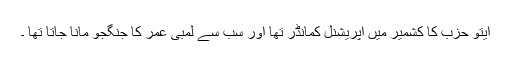
ایتو حزب کا کشمیر میں آپریشنل کمانڈر تھا اور سب سے لمبی عمر کا جنگجو مانا جاتا تھا ۔